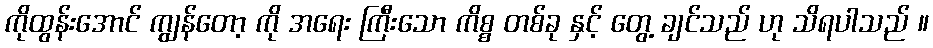
ကိုထွန်းအောင် ကျွန်တော့ ကို အရေး ကြီးသော ကိစ္စ တစ်ခု နှင့် တွေ့ ချင်သည် ဟု သိရပါသည် ။